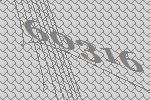
60316